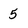
Character: 5